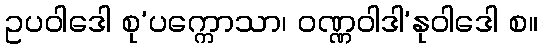
ဥပဝါဒေါ စု’ပက္ကောသာ၊ ဝဏ္ဏဝါဒါ’နုဝါဒေါ စ။